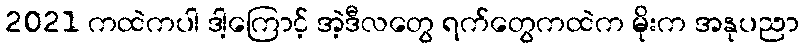
2021 ကထဲကပါ ဒါ့ကြောင့် အဲ့ဒီလတွေ ရက်တွေကထဲက မိုးက အနုပညာ